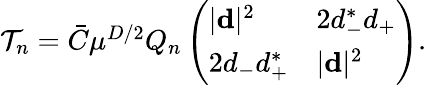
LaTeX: \begin{array}{r}{\mathcal{T}_{n}=\bar{C}\mu^{D/2}Q_{n}\left(\begin{array}{ll}{|{\mathbf d}|^{2}}&{2d_{-}^{*}d_{+}}\\ {2d_{-}d_{+}^{*}}&{|{\mathbf d}|^{2}}\end{array}\right).}\end{array}